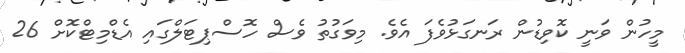
މީހުން ވަނީ ކޮވިޑުން ރަނގަޅުވެފަ އެވެ. މިވަގުތު ވެސް ހޮސްޕިޓަލްގައި އެޑްމިޓްކޮށް 26